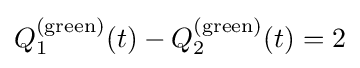
Q_{1}^{({\text{green}})}(t)-Q_{2}^{({\text{green}})}(t)=2